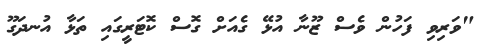
"ވަރިވި ފަހުން ވެސް ޒޫނާ އުޅޭ ގެއަށް ގޮސް ކޮޓަރީގައި ތަޅާ އުނދަގޫ